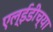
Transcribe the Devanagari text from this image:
एल्ईडीच्या